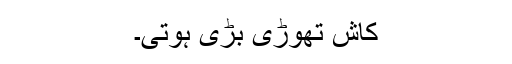
کاش تھوڑی بڑی ہوتی۔